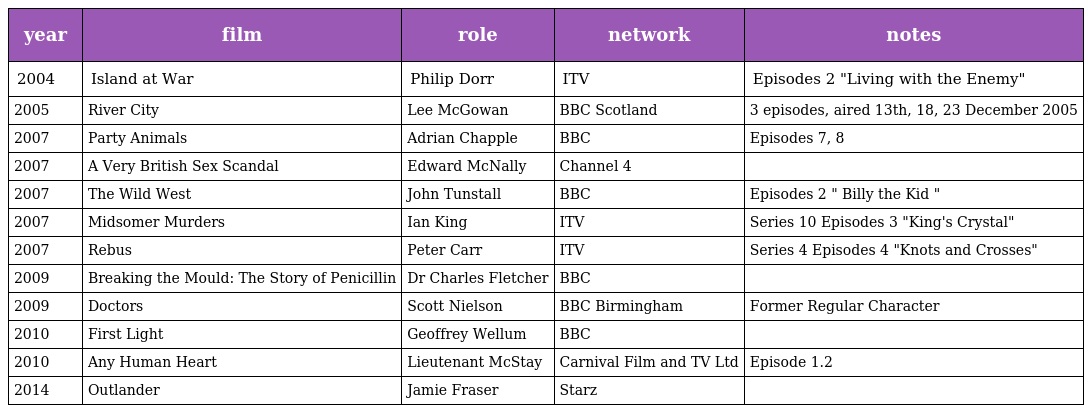
| year | film | role | network | notes |
 | --- | --- | --- | --- | --- |
 | 2004 | Island at War | Philip Dorr | ITV | Episodes 2 "Living with the Enemy" |
 | 2005 | River City | Lee McGowan | BBC Scotland | 3 episodes, aired 13th, 18, 23 December 2005 |
 | 2007 | Party Animals | Adrian Chapple | BBC | Episodes 7, 8 |
 | 2007 | A Very British Sex Scandal | Edward McNally | Channel 4 |  |
 | 2007 | The Wild West | John Tunstall | BBC | Episodes 2 " Billy the Kid " |
 | 2007 | Midsomer Murders | Ian King | ITV | Series 10 Episodes 3 "King's Crystal" |
 | 2007 | Rebus | Peter Carr | ITV | Series 4 Episodes 4 "Knots and Crosses" |
 | 2009 | Breaking the Mould: The Story of Penicillin | Dr Charles Fletcher | BBC |  |
 | 2009 | Doctors | Scott Nielson | BBC Birmingham | Former Regular Character |
 | 2010 | First Light | Geoffrey Wellum | BBC |  |
 | 2010 | Any Human Heart | Lieutenant McStay | Carnival Film and TV Ltd | Episode 1.2 |
 | 2014 | Outlander | Jamie Fraser | Starz |  |